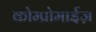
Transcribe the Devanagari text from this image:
कोम्प्रोमाईज़